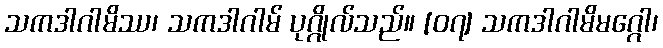
သကဒါဂါမိဿ၊ သကဒါဂါမ် ပုဂ္ဂိုလ်သည်။ [၀၇] သကဒါဂါမိမဂ္ဂေါ၊